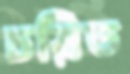
চয়িত